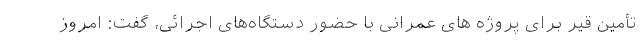
تأمین قیر برای پروژه های عمرانی با حضور دستگاه‌های اجرائی، گفت: امروز